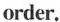
order.